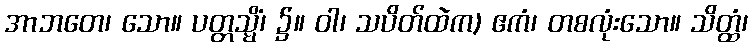
အာဘတေ၊ သော။ ပတ္တသ္မိံ၊ ၌။ ဝါ၊ သပိတ်ထဲက) ဧကံ၊ တစလုံးသော။ သိတ္ထံ၊